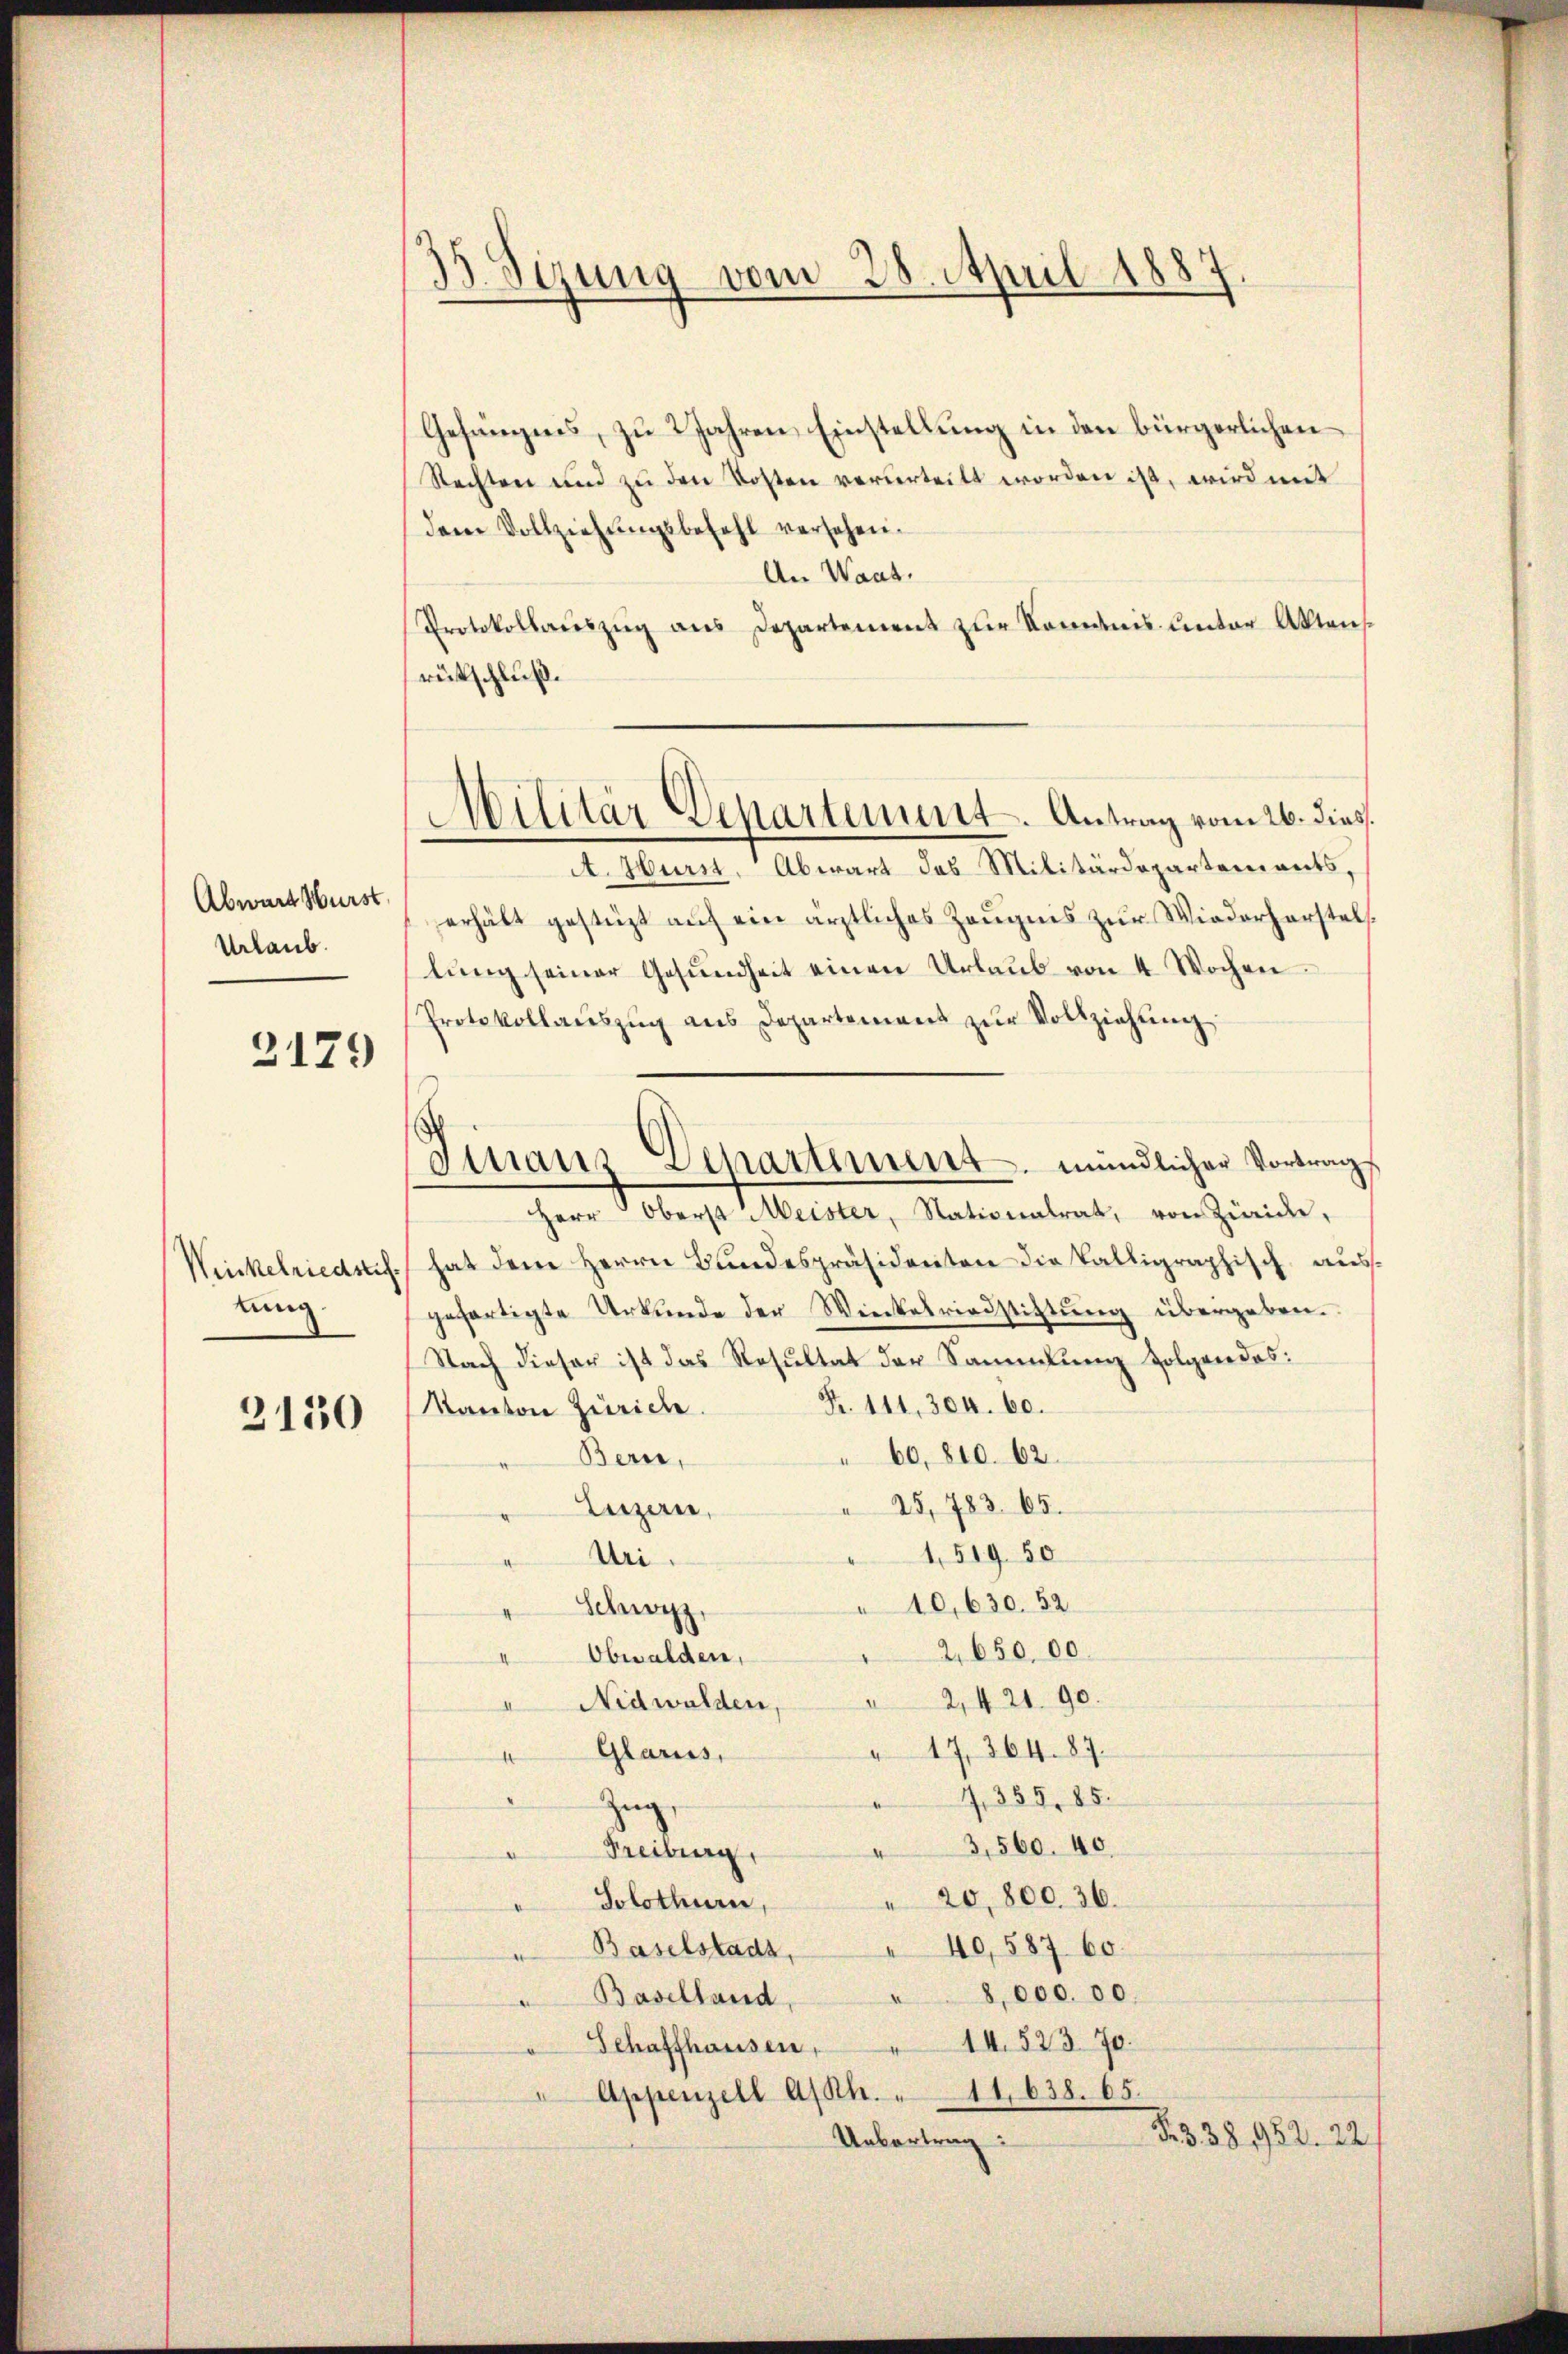
Abwart Wurst
Urlaub.

2179

Winkelriedsrich
tung

2130

33. Seung vom 28. April 1887

Militär Departement. Antrag vom 26. dies

Gefängnis, zu 2 Jahren Einstellung in den bürgerlichen
Rechten und zu den Kosten verurteilt worden ist, wird mit
dem Vollziehungsbefehl versehen.
An Waat.
Protokollauszug aus Departement zur Kenntnis Unter Aktens
rütschluß.
A. Hurst. Abwart das Militärdepartements,
erhält gestüzt auf ein ärztliches Zeugnis zŭr Wiederherstel
lŭng seiner Gesŭndheit einen Urlaŭb von 4 Wochen
Protokollauszug aus Departement zŭr Vollziehung
Herr Oberst Meister, Nationalrat, von Zweide,
hat dem Herrn Bundespräsidenten die kalligraphisch ausgefertigte Urkunde der Wieckelriedstiftŭng übergeben.
Nach dieser ist das Resultat der Sammlung folgendes:
Fr. 111, 304. 60.
Kanton Zürich.
60, 810. 62.
Bern,
25,783. 65.
Luzern,
1,519. 50
Uri.
10,630. 52
Schwyz,
2,650. 00.
Obwalden,
Nidwalden, " 2, 421. 90.
17364. 87.
Glarus,
4,355. 85.
Zug,
3,560. 40.
Freiburg
20,800. 36.
Solothurn,
40,587 60.
Baselstadt
8,000. 00.
" Baselland,
14.52370.
Schaffhausen,
Appenzell A/Rh. 11. 638. 65.
R. 338 952. 22.
Uebertrag:

Finanz Departement mündlicher Vortrag